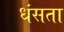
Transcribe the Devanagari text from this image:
धंसता